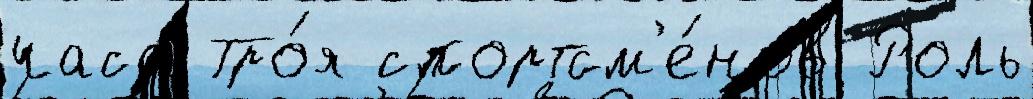
часа Тро́я спортсм'е́нов Роль